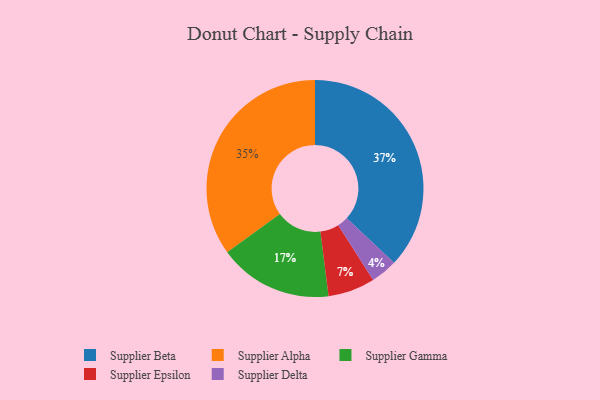
{"axis": {"x": "Category", "y": "Percentage"}, "legend": ["Supplier Alpha", "Supplier Beta", "Supplier Delta", "Supplier Epsilon", "Supplier Gamma"], "data": [{"x": "Supplier Alpha", "y": 35, "type": "Supplier Alpha"}, {"x": "Supplier Gamma", "y": 17, "type": "Supplier Gamma"}, {"x": "Supplier Beta", "y": 37, "type": "Supplier Beta"}, {"x": "Supplier Delta", "y": 4, "type": "Supplier Delta"}, {"x": "Supplier Epsilon", "y": 7, "type": "Supplier Epsilon"}]}